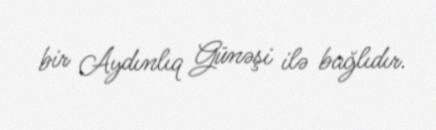
bir Aydınlıq Günəşi ilə bağlıdır.